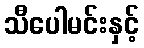
သီပေါမင်းနှင့်